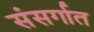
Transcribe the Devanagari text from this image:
संसर्गात